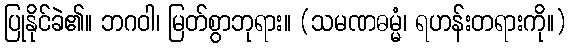
ပြုနိုင်ခဲ၏။ ဘဂဝါ၊ မြတ်စွာဘုရား။ (သမဏဓမ္မံ၊ ရဟန်းတရားကို။)